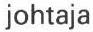
johtaja